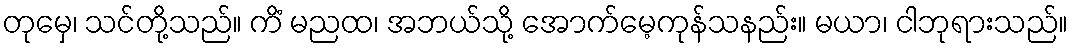
တုမှေ၊ သင်တို့သည်။ ကိံ မညထ၊ အဘယ်သို့ အောက်မေ့ကုန်သနည်း။ မယာ၊ ငါဘုရားသည်။